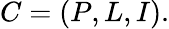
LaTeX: C=(P,L,I).